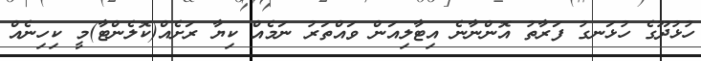
ހުޅުދޫގެ ހުޅަނގު ފަރާތު އޮންނާނެ އިިޓާލިއަން ވައްތަރު ނަމެއް ކިޔާ ރަށެއް(ކޮލެންޓާ)މީ ކިިހިނެއް